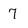
Character: 7